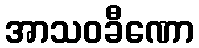
အာသဝခီဏော